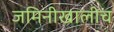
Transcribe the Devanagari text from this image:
जमिनीखालीच